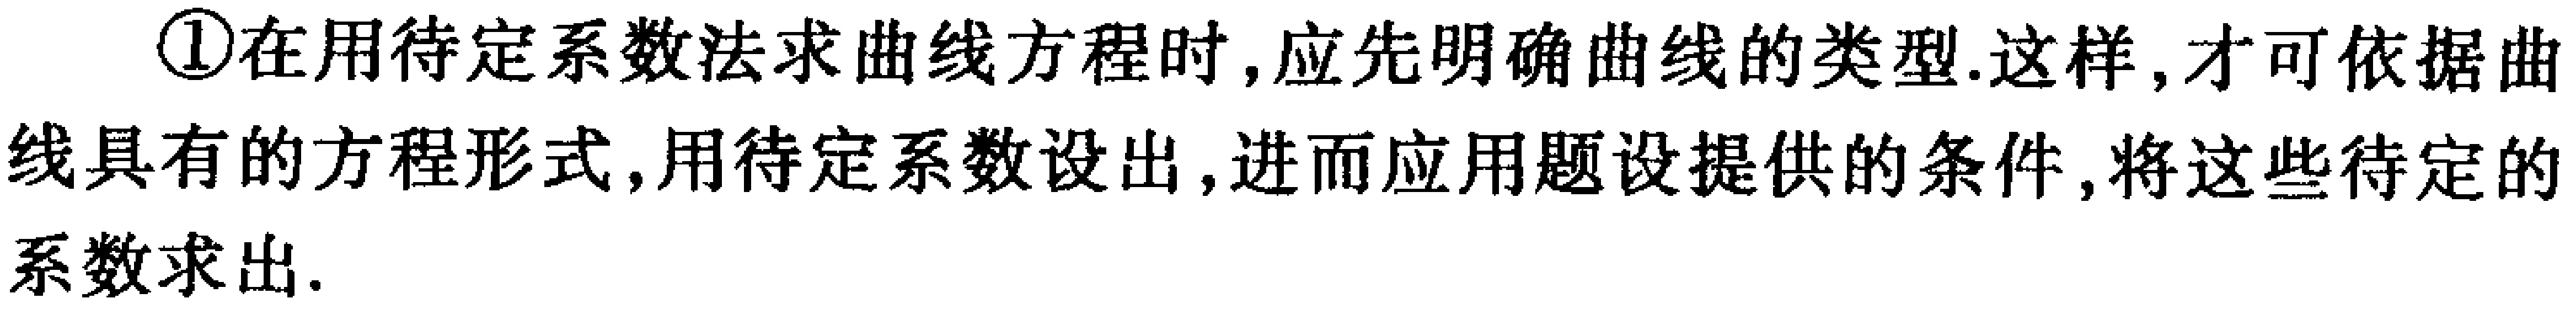
\textcircled{1}在用待定系数法求曲线方程时,应先明确曲线的类型.这样,才可依据曲线具有的方程形式,用待定系数设出,进而应用题设提供的条件,将这些待定的系数求出.